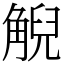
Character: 觬